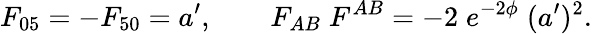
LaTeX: F_{05}=-F_{50}=a^{\prime},\qquad F_{AB}\; F^{AB}=-2\; e^{-2\phi}\; (a^{\prime})^{2}.